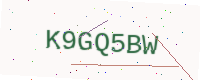
Text: K9GQ5BW